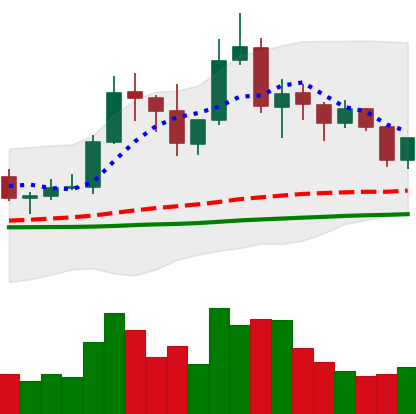
Ticker: TRX-USD
Chart end date: 2019-06-10
Forward return: 3.787%
Label: up_3_5